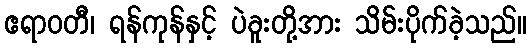
ဧရာဝတီ၊ ရန်ကုန်နှင့် ပဲခူးတို့အား သိမ်းပိုက်ခဲ့သည်။